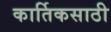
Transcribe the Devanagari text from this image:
कार्तिकसाठी